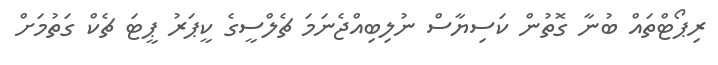
ރިޕޯޓްތައް ބުނާ ގޮތުން ކަސިޔާސް ނުލިބިއްޖެނަމަ ޗެލްސީގެ ކީޕަރު ޕީޓަ ޗެކް ގަތުމަށް